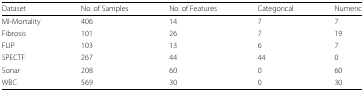
| Dataset | No. of Samples | No. of Features | Categorical | Numeric |
 | --- | --- | --- | --- | --- |
 | MI-Mortality | 406 | 14 | 7 | 7 |
 | Fibrosis | 101 | 26 | 7 | 19 |
 | FLIP | 103 | 13 | 6 | 7 |
 | SPECTF | 267 | 44 | 44 | 0 |
 | Sonar | 208 | 60 | 0 | 60 |
 | WBC | 569 | 30 | 0 | 30 |